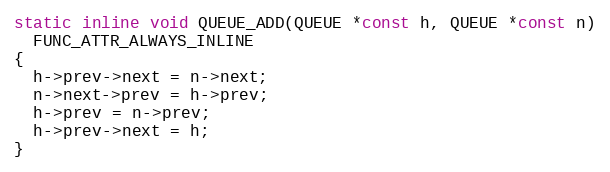
Language: C
static inline void QUEUE_ADD(QUEUE *const h, QUEUE *const n)
  FUNC_ATTR_ALWAYS_INLINE
{
  h->prev->next = n->next;
  n->next->prev = h->prev;
  h->prev = n->prev;
  h->prev->next = h;
}